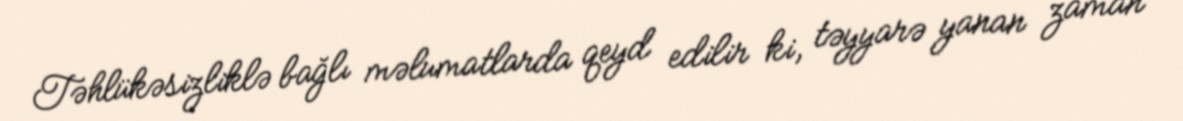
Təhlükəsizliklə bağlı məlumatlarda qeyd edilir ki, təyyarə yanan zaman